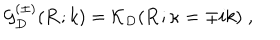
{ \mathcal G } _ { { D } } ^ { ( \pm ) } ( { \bf R } ; k ) = { \mathcal K } _ { { D } } ( { \bf R } ; \kappa = \mp i k ) \; ,